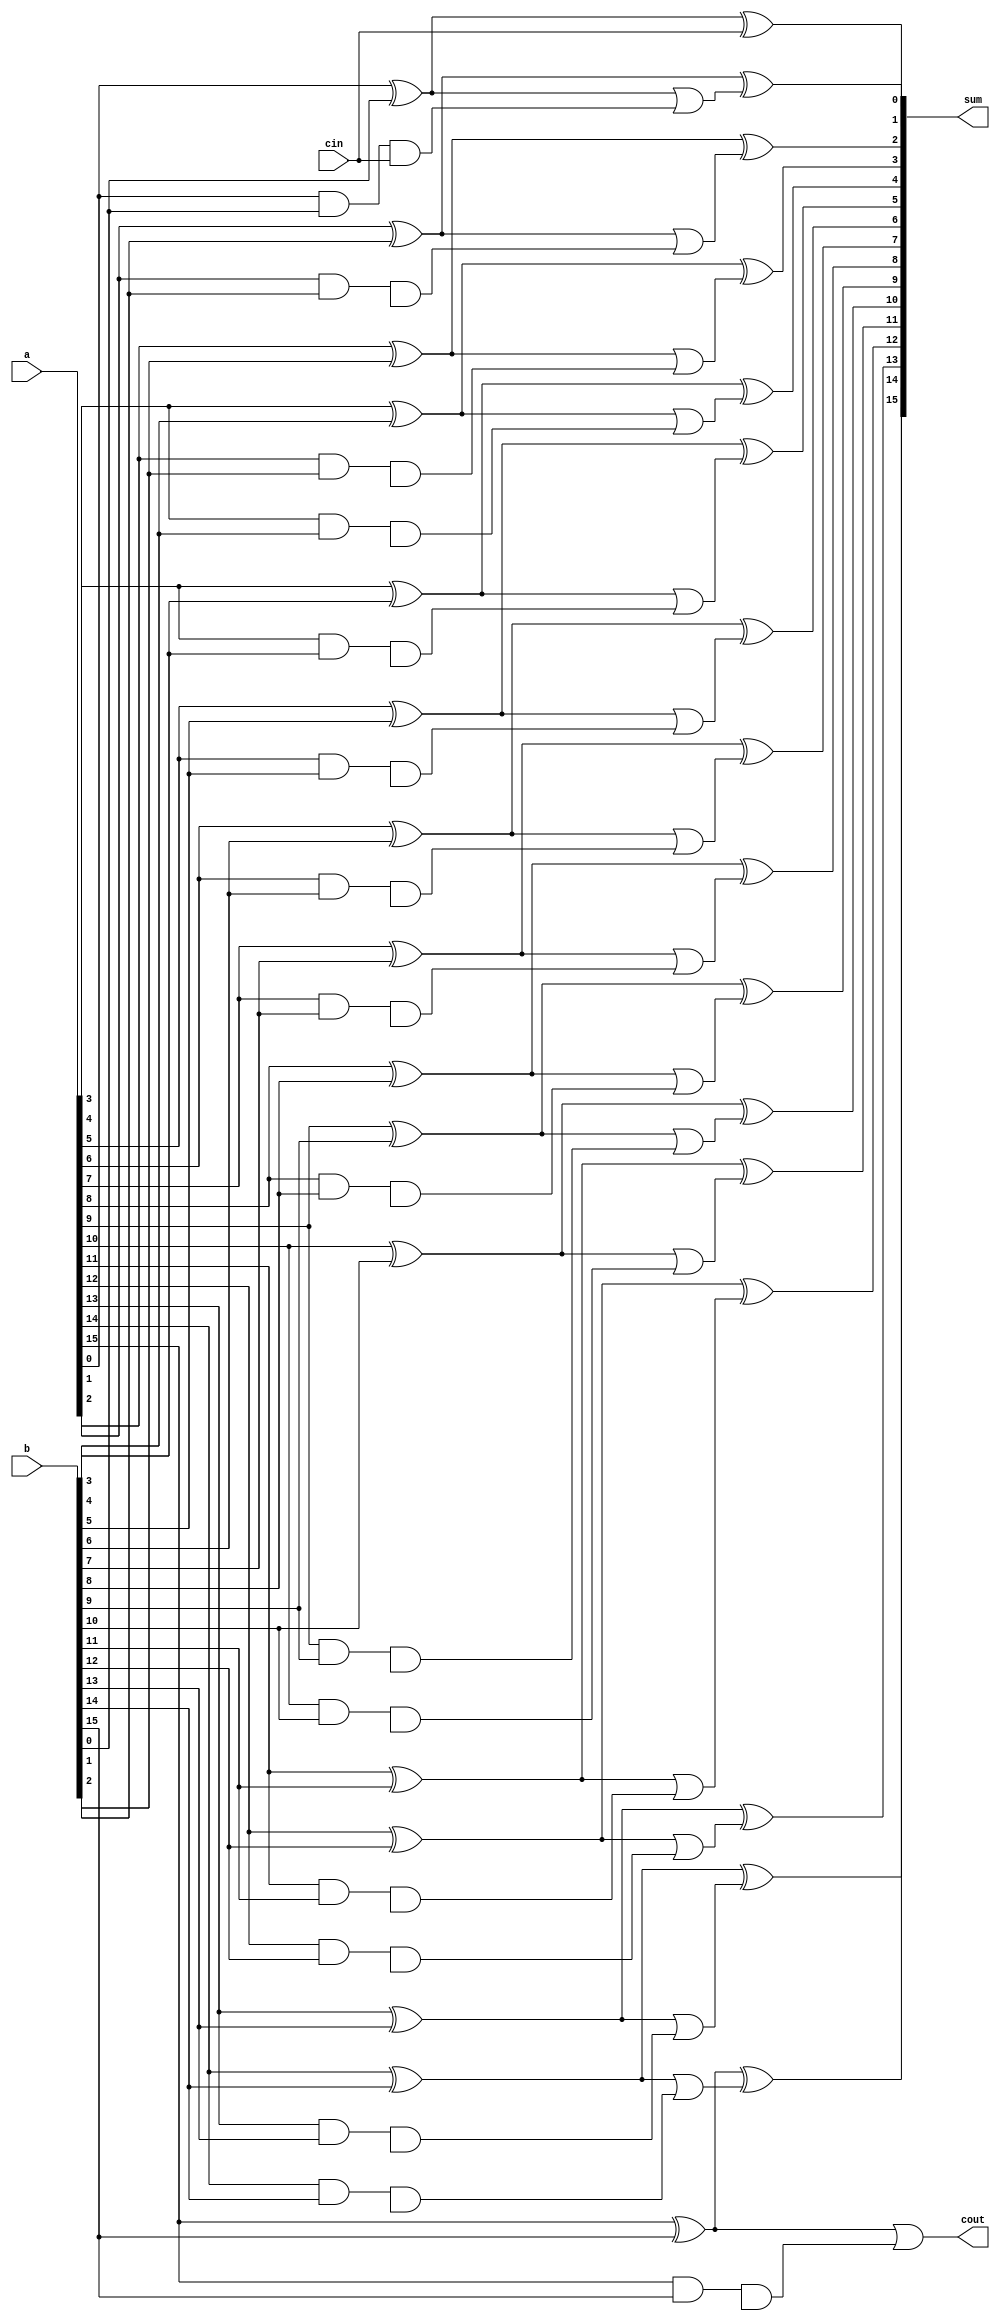
module carry_skip_lookahead_adder (
    input wire [15:0] a,
    input wire [15:0] b,
    input wire cin,
    output wire [15:0] sum,
    output wire cout
);

wire [15:0] carry;
wire [15:0] p;
wire [15:0] g;
wire [15:0] c1;
wire [15:0] c2;

// Generate p and g signals for each stage
genvar i;
generate
    for (i = 0; i < 16; i = i + 1) begin : gen
        assign p[i] = a[i] ^ b[i];
        assign g[i] = a[i] & b[i];
    end
endgenerate

// Create carry-select logic
assign c1[0] = cin;
genvar j;
generate
    for (j = 0; j < 16; j = j + 1) begin : gen1
        assign c2[j] = p[j] | (g[j] & c1[j]);
        assign carry[j] = g[j] | (p[j] & c1[j]);
    end
endgenerate

// Create sum output
assign sum[0] = a[0] ^ b[0] ^ cin;
genvar k;
generate
    for (k = 1; k < 16; k = k + 1) begin : gen2
        assign sum[k] = p[k] ^ c2[k-1];
    end
endgenerate

// Last carry out
assign cout = c2[15];

endmodule